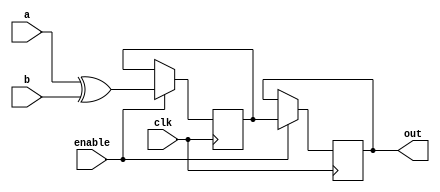
module xor_gate_delay(
    input wire a,
    input wire b,
    output reg out,
    input wire enable,
    input wire clk
);

reg xor_input;
reg xor_output;

always @(posedge clk) begin
    if(enable) begin
        xor_input <= a ^ b;
    end
end

always @(posedge clk) begin
    if(enable) begin
        xor_output <= xor_input;
    end
end

assign out = xor_output;

endmodule